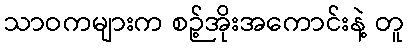
သာဝကများက စဉ့်အိုးအကောင်းနဲ့ တူ